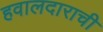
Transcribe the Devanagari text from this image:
हवालदाराची